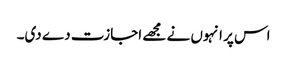
اس پر انہوں نے مجھے اجازت دے دی۔